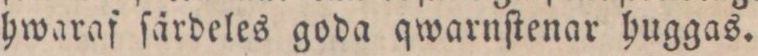
hwaraf ſärdeles goda qwarnſtenar huggas.